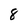
Character: 8